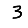
Digit: 3